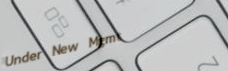
Under New Mgmt